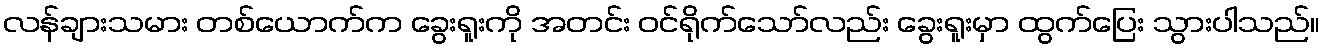
လန်ချားသမား တစ်ယောက်က ခွေးရူးကို အတင်း ဝင်ရိုက်သော်လည်း ခွေးရူးမှာ ထွက်ပြေး သွားပါသည်။